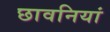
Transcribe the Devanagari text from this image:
छावनियां